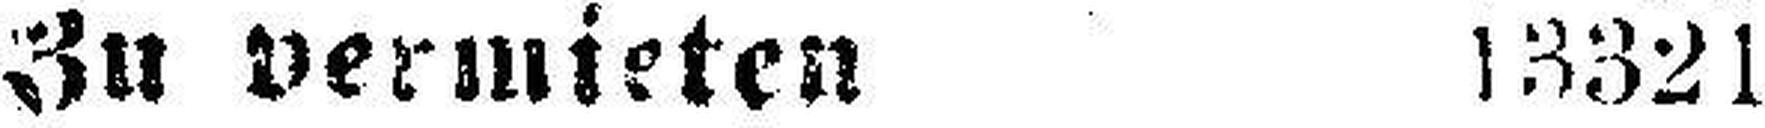
Zu vermieten 13321